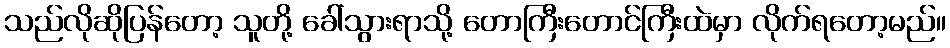
သည်လိုဆိုပြန်တော့ သူတို့ ခေါ်သွားရာသို့ တောကြီးတောင်ကြီးထဲမှာ လိုက်ရတော့မည်။